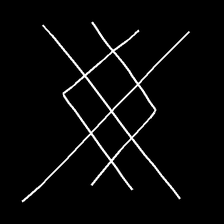
Glyph: crystal